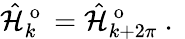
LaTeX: \hat{\mathcal{H}}_{k}^{\mathrm{~o~}}=\hat{\mathcal{H}}_{k+2\pi}^{\mathrm{~o~}}\mathrm{~.~}